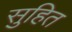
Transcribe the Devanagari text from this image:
सुहित